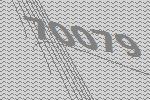
70079